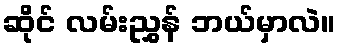
ဆိုင် လမ်းညွှန် ဘယ်မှာလဲ။